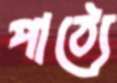
পাঠ্যে